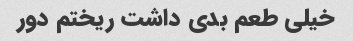
خیلی طعم بدی داشت ریختم دور